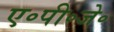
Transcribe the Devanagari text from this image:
ए॰पी॰जे॰